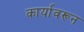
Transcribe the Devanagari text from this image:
कार्यावरून